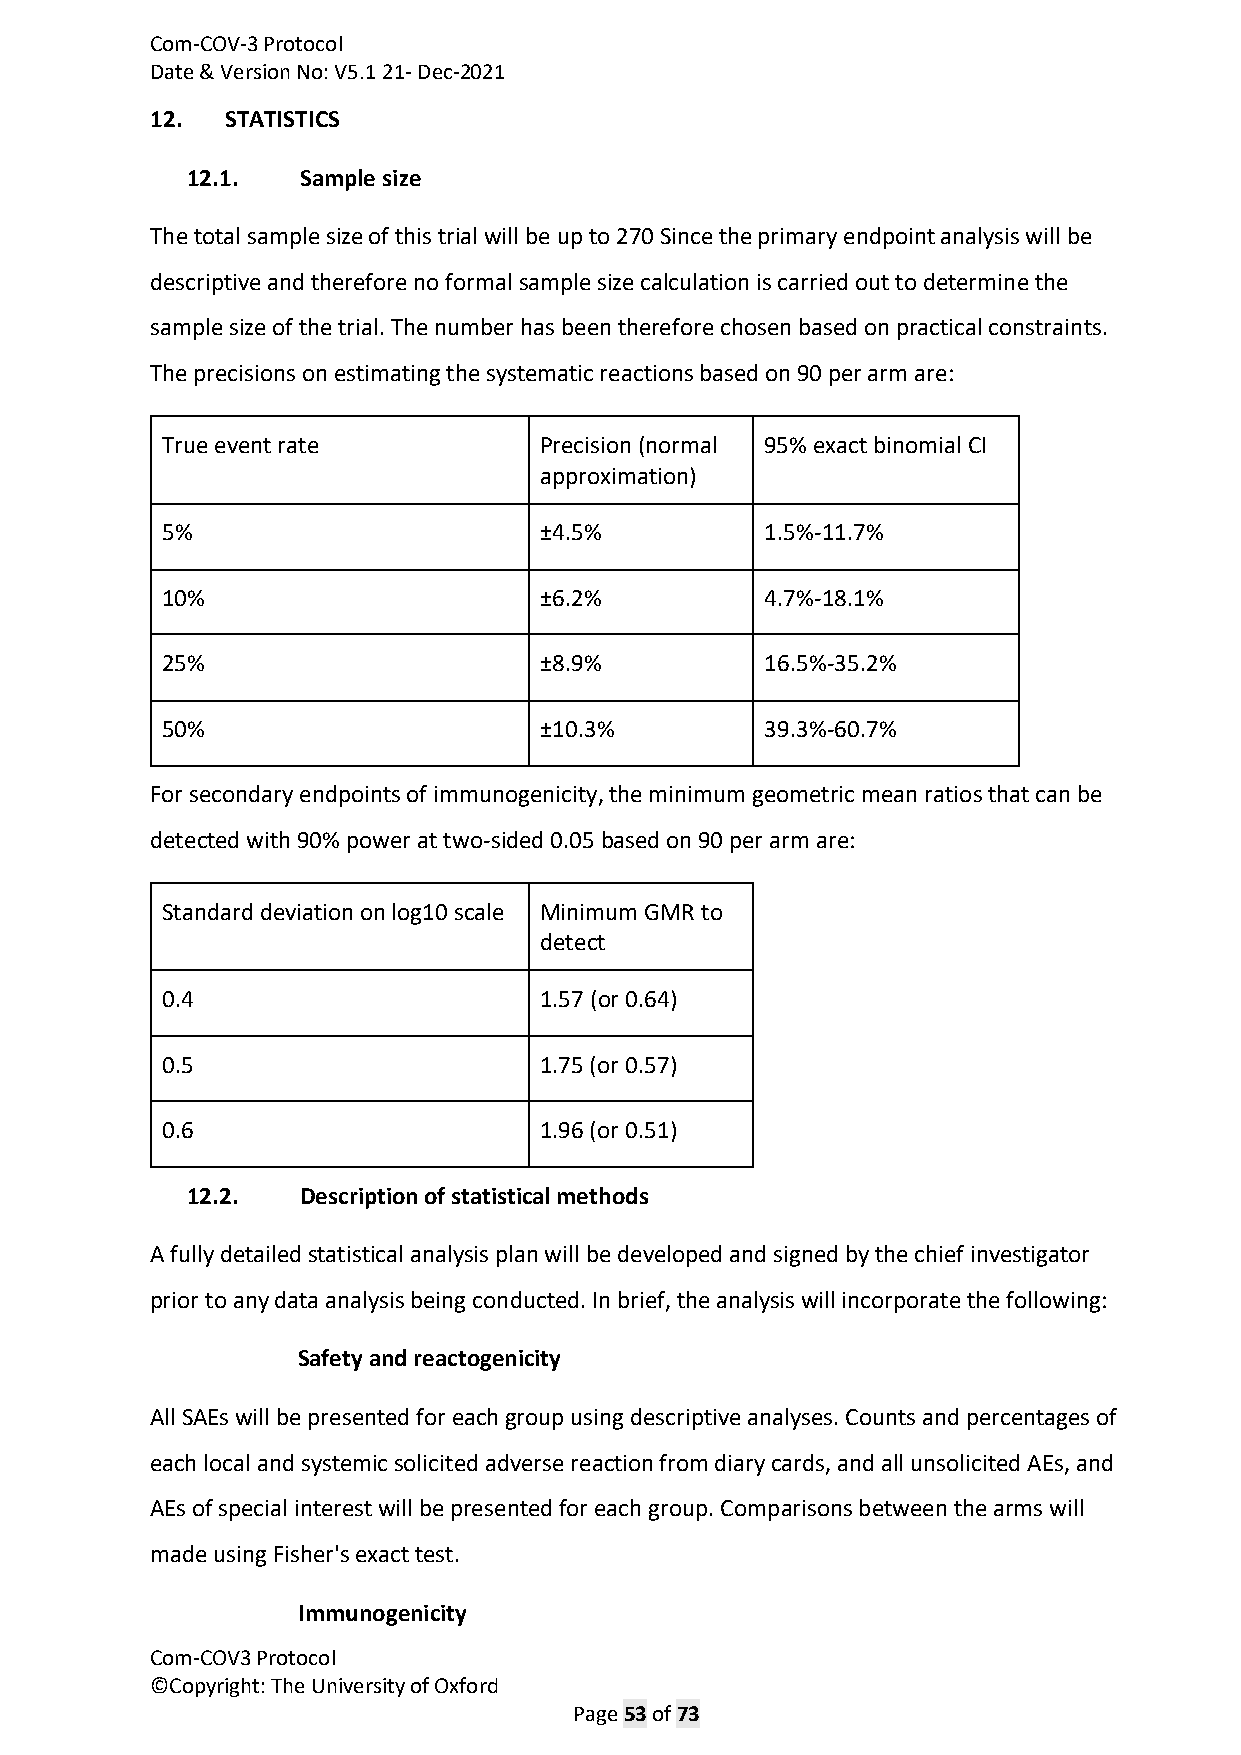
Com-COV-3 Protocol
 Date & Version No: V5.1 21- Dec-2021
 12.  STATISTICS
 12.1.   Sample size
 The total sample size of this trial will be up to 270 Since the primary endpoint analysis will be
 descriptive and therefore no formal sample size calculation is carried out to determine the
 sample size of the trial. The number has been therefore chosen based on practical constraints.
 The precisions on estimating the systematic reactions based on 90 per arm are:
 True event rate          Precision (normal 95% exact binomial CI
 approximation)
 5%                       ±4.5%          1.5%-11.7%
 10%                      ±6.2%          4.7%-18.1%
 25%                      ±8.9%          16.5%-35.2%
 50%                      ±10.3%         39.3%-60.7%
 For secondary endpoints of immunogenicity, the minimum geometric mean ratios that can be
 detected with 90% power at two-sided 0.05 based on 90 per arm are:
 Standard deviation on log10 scale Minimum GMR to
 detect
 0.4                      1.57 (or 0.64)
 0.5                      1.75 (or 0.57)
 0.6                      1.96 (or 0.51)
 12.2.   Description of statistical methods
 A fully detailed statistical analysis plan will be developed and signed by the chief investigator
 prior to any data analysis being conducted. In brief, the analysis will incorporate the following:
 Safety and reactogenicity
 All SAEs will be presented for each group using descriptive analyses. Counts and percentages of
 each local and systemic solicited adverse reaction from diary cards, and all unsolicited AEs, and
 AEs of special interest will be presented for each group. Comparisons between the arms will
 made using Fisher's exact test.
 Immunogenicity
 Com-COV3 Protocol
 ©Copyright: The University of Oxford
 Page 53 of 73